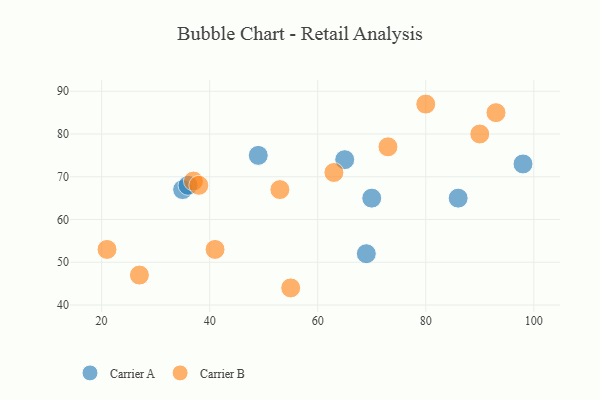
{"axis": {"x": "GDP", "y": "Life Expectancy"}, "legend": ["Carrier A", "Carrier B"], "data": [{"x": "70", "y": 65, "type": "Carrier A"}, {"x": "49", "y": 75, "type": "Carrier A"}, {"x": "35", "y": 67, "type": "Carrier A"}, {"x": "98", "y": 73, "type": "Carrier A"}, {"x": "86", "y": 65, "type": "Carrier A"}, {"x": "69", "y": 52, "type": "Carrier A"}, {"x": "36", "y": 68, "type": "Carrier A"}, {"x": "65", "y": 74, "type": "Carrier A"}, {"x": "21", "y": 53, "type": "Carrier B"}, {"x": "63", "y": 71, "type": "Carrier B"}, {"x": "37", "y": 69, "type": "Carrier B"}, {"x": "55", "y": 44, "type": "Carrier B"}, {"x": "93", "y": 85, "type": "Carrier B"}, {"x": "41", "y": 53, "type": "Carrier B"}, {"x": "27", "y": 47, "type": "Carrier B"}, {"x": "80", "y": 87, "type": "Carrier B"}, {"x": "38", "y": 68, "type": "Carrier B"}, {"x": "90", "y": 80, "type": "Carrier B"}, {"x": "53", "y": 67, "type": "Carrier B"}, {"x": "73", "y": 77, "type": "Carrier B"}]}